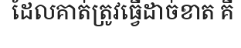
ដែលគាត់ត្រូវធ្វើដាច់ខាត គឺ